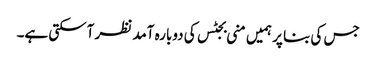
جس کی بنا پر ہمیں منی بجٹس کی دوبارہ آمد نظر آسکتی ہے۔